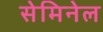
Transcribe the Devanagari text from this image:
सेमिनेल